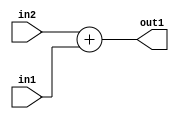
`timescale 1ps / 1ps
/*****************************************************************************
    Verilog RTL Description
    
    
    Created by: Stratus DpOpt 2019.1.01 
*******************************************************************************/

module ColorTransform_Add_18Ux17U_19U_1 (
	in2,
	in1,
	out1
	); /* architecture "behavioural" */ 
input [17:0] in2;
input [16:0] in1;
output [18:0] out1;
wire [18:0] asc001;

assign asc001 = 
	+(in2)
	+(in1);

assign out1 = asc001;
endmodule

/* CADENCE  ubHzQws= : u9/ySgnWtBlWxVPRXgAZ4Og= ** DO NOT EDIT THIS LINE ******/